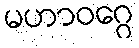
မဟာဝဂ္ဂေ